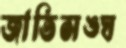
জাতিসঙ্ঘ